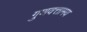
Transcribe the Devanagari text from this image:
गुणवत्तामय